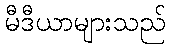
မီဒီယာများသည်